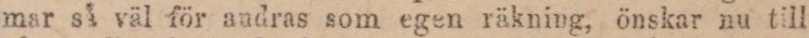
mar så väl för andras som egen räkning, önskar nu till